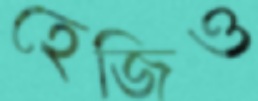
হেজিও